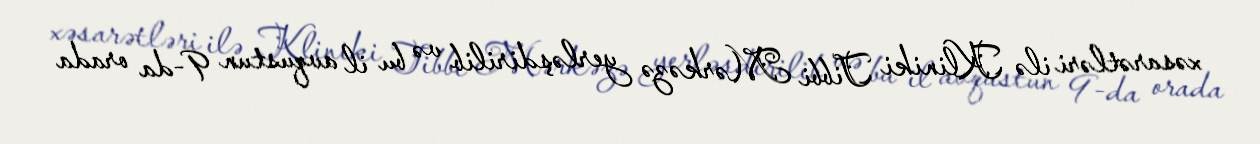
xəsarətləri ilə Kliniki Tibbi Mərkəzə yerləşdirilib və bu il avqustun 9-da orada